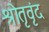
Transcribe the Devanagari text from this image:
श्रोतृवृंद